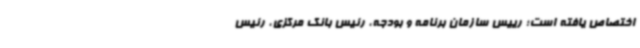
اختصاص یافته است؛ رییس سازمان برنامه و بودجه، رئیس بانک مرکزی، رئیس